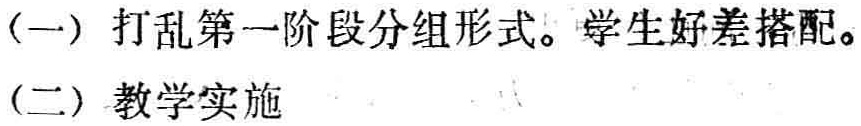
（一）打乱第一阶段分组形式。学生好坏搭配。

（二）教学实施